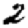
Digit: 2